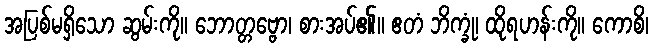
အပြစ်မရှိသော ဆွမ်းကို။ ဘောတ္တဗ္ဗော၊ စားအပ်၏။ ဧတံ ဘိက္ခုံ၊ ထိုရဟန်းကို။ ကောစိ၊